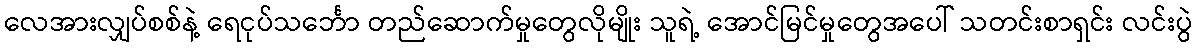
လေအားလျှပ်စစ်နဲ့ ရေငုပ်သင်္ဘော တည်ဆောက်မှုတွေလိုမျိုး သူရဲ့ အောင်မြင်မှုတွေအပေါ် သတင်းစာရှင်း လင်းပွဲ